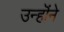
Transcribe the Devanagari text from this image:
उन्हॊंने